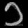
Digit: ၁